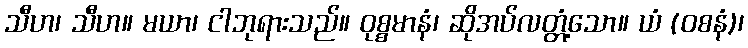
သီဟ၊ သီဟ။ မယာ၊ ငါဘုရားသည်။ ဝုစ္စမာနံ၊ ဆိုအပ်လတ္တံ့သော။ ယံ (ဝစနံ)၊